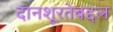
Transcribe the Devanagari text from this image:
दानशूरतेबद्दल